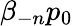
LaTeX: \beta_{-n}p_{0}